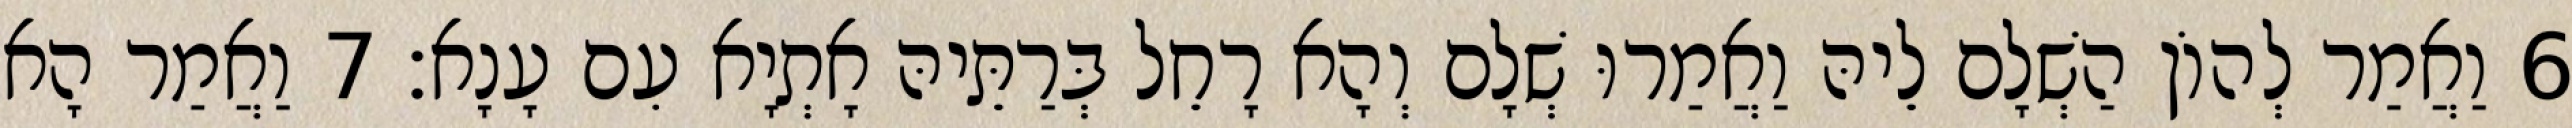
6 וַאֲמַר לְהוֹן הַשְׁלָם לֵיהּ וַאֲמַרוּ שְׁלָם וְהָא רָחֵל בְּרַתֵּיהּ אָתְיָא עִם עָנָא׃ 7 וַאֲמַר הָא